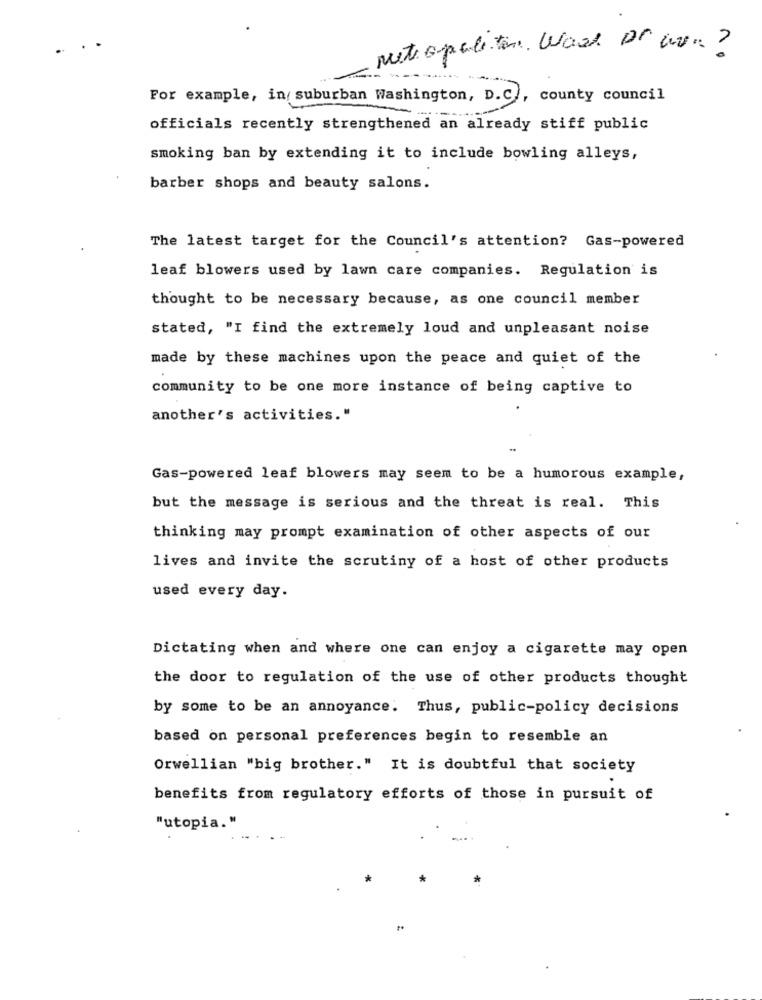
Metropolitan word or w. ?
For example, in suburban Washington, D.C ., county council
officials recently strengthened an already stiff public
smoking ban by extending it to include bowling alleys,
barber shops and beauty salons.
The latest target for the Council's attention? Gas-powered
leaf blowers used by lawn care companies. Regulation is
thought to be necessary because, as one council member
stated, "I find the extremely loud and unpleasant noise
made by these machines upon the peace and quiet of the
community to be one more instance of being captive to
another's activities."
Gas-powered leaf blowers may seem to be a humorous example,
but the message is serious and the threat is real. This
thinking may prompt examination of other aspects of our
lives and invite the scrutiny of a host of other products
used every day.
Dictating when and where one can enjoy a cigarette may open
the door to regulation of the use of other products thought
by some to be an annoyance. Thus, public-policy decisions
based on personal preferences begin to resemble an
Orwellian "big brother." It is doubtful that society
benefits from regulatory efforts of those in pursuit of
"utopia."